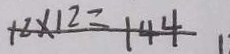
1 2 \times 1 2 = 1 4 4